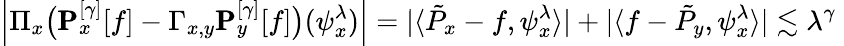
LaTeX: \left|\Pi_{x}\big(\pmb{\operatorname{{P}}}_{x}^{[\gamma]}[f]-\Gamma_{x,y}\pmb{\operatorname{{P}}}_{y}^{[\gamma]}[f]\big)(\psi_{x}^{\lambda})\right|=|\langle\tilde{P}_{x}-f,\psi_{x}^{\lambda}\rangle|+|\langle f-\tilde{P}_{y},\psi_{x}^{\lambda}\rangle|\lesssim\lambda^{\gamma}\